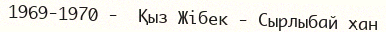
1969-1970 -  Қыз Жібек - Сырлыбай хан